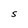
Character: S